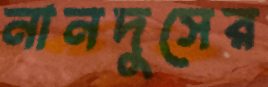
নানদুসের